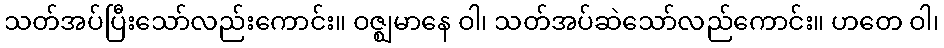
သတ်အပ်ပြီးသော်လည်းကောင်း။ ဝဇ္ဈမာနေ ဝါ၊ သတ်အပ်ဆဲသော်လည်ကောင်း။ ဟတေ ဝါ၊